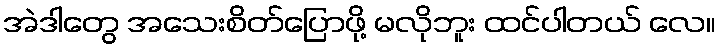
အဲဒါတွေ အသေးစိတ်ပြောဖို့ မလိုဘူး ထင်ပါတယ် လေ။